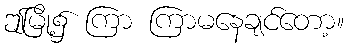
ဤမြို့၌ ကြာ ကြာမနေချင်တော့။